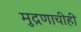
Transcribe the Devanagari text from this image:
मुद्रणाचीही